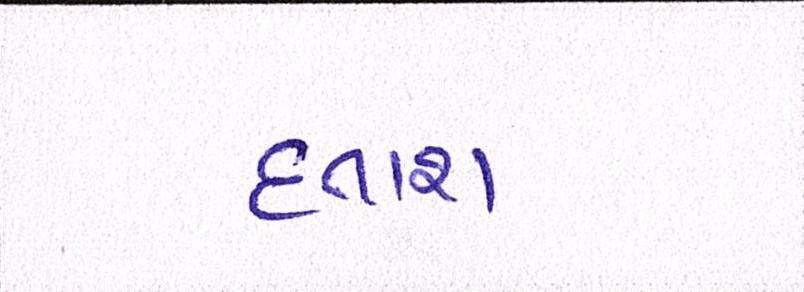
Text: હતાશ